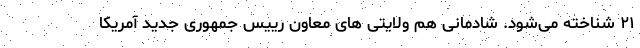
۲۱ شناخته می‌شود. شادمانی هم ولایتی های معاون رییس جمهوری جدید آمریکا